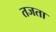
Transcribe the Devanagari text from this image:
तजता